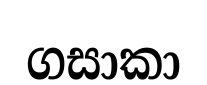
ගසාකා